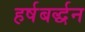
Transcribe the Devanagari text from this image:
हर्षबर्द्धन